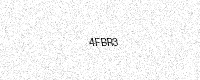
Text: 4FBR3